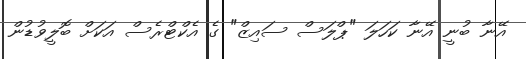
އޭނާ ބުނީ އޭނާ ކަހަލަ "ޕްލަސް ސައިޒް" ގެ އެކްޓްރެސް އަކަށް ބޮލީވުޑުން